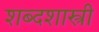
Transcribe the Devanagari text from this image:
शब्दशास्त्री